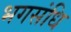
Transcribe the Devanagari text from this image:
भगसंधि